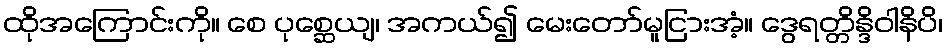
ထိုအကြောင်းကို။ စေ ပုစ္ဆေယျ၊ အကယ်၍ မေးတော်မူငြားအံ့။ ဒွေရတ္တိန္ဒိဝါနိပိ၊